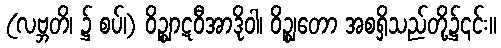
(လဗ္ဘတိ၊ ၌ စပ်၊) ဝိဉ္ဈာဋဝီအာဒိုဝါ၊ ဝိဉ္ဈတော အစရှိသည်တို့၌၎င်း။